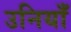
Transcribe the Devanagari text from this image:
उनियाँ